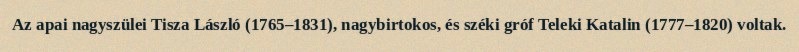
Az apai nagyszülei Tisza László (1765–1831), nagybirtokos, és széki gróf Teleki Katalin (1777–1820) voltak.